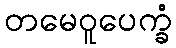
တမေဝူပေက္ခံ